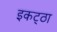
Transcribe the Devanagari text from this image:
इकट्‌ठा